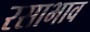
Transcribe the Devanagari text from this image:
रसाभाव